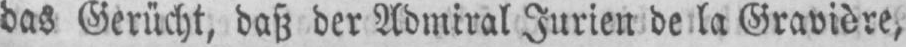
das Gerücht, daß der Admiral Jurien de la Gravière‚